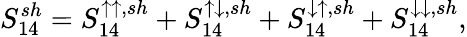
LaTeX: {S_{14}^{sh}=S_{14}^{\uparrow\uparrow,sh}+S_{14}^{\uparrow\downarrow,sh}+S_{14}^{\downarrow\uparrow,sh}+S_{14}^{\downarrow\downarrow,sh}},